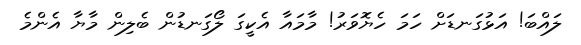
ލައްބަ! އަޅުގަނޑަށް ހަމަ ހެޔޮވަރު! މާމައާ އެކީގަ ލޯގަނޑުން ބެލިން މާޔާ އެންމެ